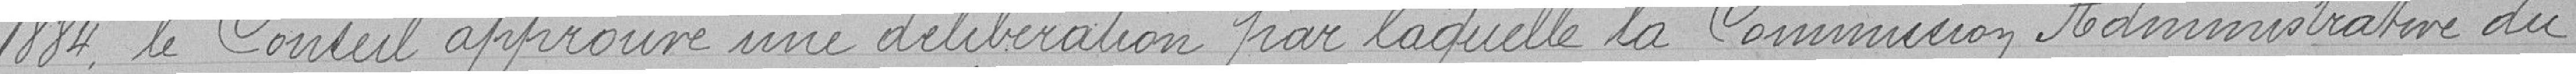
1884 le Conseil approuve une délibération par laquelle la Commission Administrative du